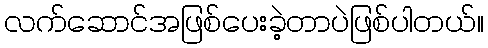
လက်ဆောင်အဖြစ်ပေးခဲ့တာပဲဖြစ်ပါတယ်။